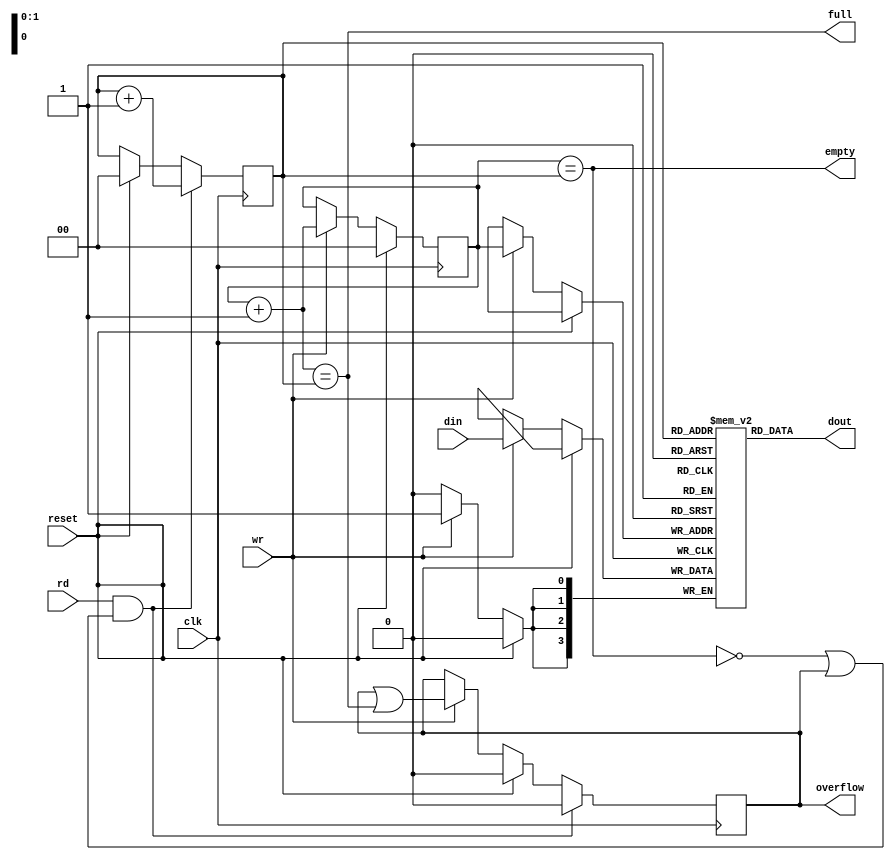
module fifo #(parameter  LOGSIZE = 2,   // default size is 4 elements
                         WIDTH = 4)     // default width is 4 bits
	    (input clk,reset,rd,wr, input [WIDTH-1:0] din,
             output full,empty,overflow, output [WIDTH-1:0] dout);
  parameter SIZE = 1 << LOGSIZE;  // compute size

  reg [WIDTH-1:0] fifo[SIZE-1:0];   // fifo data stored here
  reg overflow;			// true if WR but no room, cleared on RD
  reg [LOGSIZE-1:0] wptr,rptr;  // fifo write and read pointers

  wire [LOGSIZE-1:0] wptr_inc = wptr + 1;

  assign empty = (wptr == rptr);
  assign full = (wptr_inc == rptr);
  assign dout = fifo[rptr];

  always @(posedge clk) begin
    if (reset) begin
      wptr <= 0;
      rptr <= 0;
      overflow <= 0;
    end
    else if (wr) begin
      // store new data into the fifo
      fifo[wptr] <= din;
      wptr <= wptr_inc;
      overflow <= overflow | (wptr_inc == rptr);
    end

    // bump read pointer if we're done with current value.
    // RD also resets the overflow indicator
    if (rd && (!empty || overflow)) begin
      rptr <= rptr + 1;
      overflow <= 0;
    end
  end
endmodule